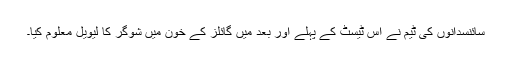
سائنسدانوں کی ٹیم نے اس ٹیسٹ کے پہلے اور بعد میں گائلز کے خون میں شوگر کا لیویل معلوم کیا۔